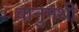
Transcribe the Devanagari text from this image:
बानुमथी